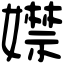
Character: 𡢾